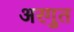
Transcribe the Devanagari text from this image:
अरगुत